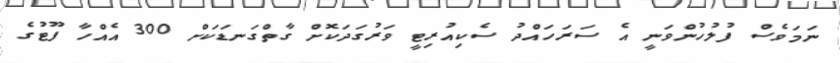
ނަމަވެސް ފުލުހުންވަނީ އެ ސަރަހައްދު ސެކިއުރިޓީ ވަރުގަދަކޮށް ގާތްގަނޑަކަށް 300 އެއްހާ ފޫޓުގެ